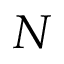
N